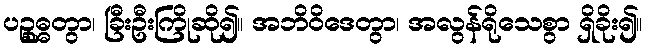
ပဉ္စုဓ္ဓတွာ၊ ခြီးဦးကြိုဆို၍။ အဘိဝိဒေတွာ၊ အလွန်ရိုသေစွာ ရှိခိုး၍။